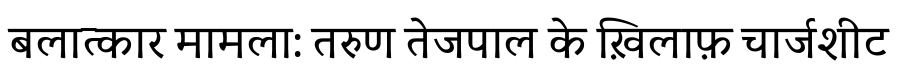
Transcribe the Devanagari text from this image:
बलात्कार मामला: तरुण तेजपाल के ख़िलाफ़ चार्जशीट